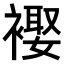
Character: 𧜱